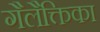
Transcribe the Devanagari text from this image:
गैलैक्तिका